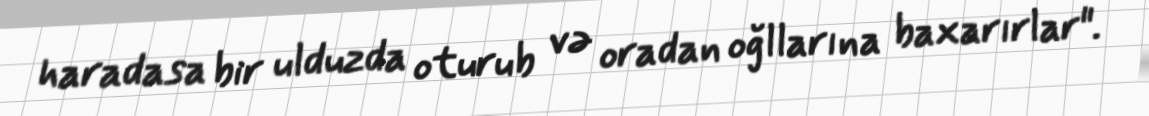
haradasa bir ulduzda oturub və oradan oğllarına baxarırlar".